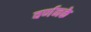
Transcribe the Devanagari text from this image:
वर्णनके